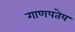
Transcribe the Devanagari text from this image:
गाणपतेय